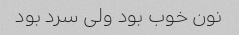
نون خوب بود ولی سرد بود